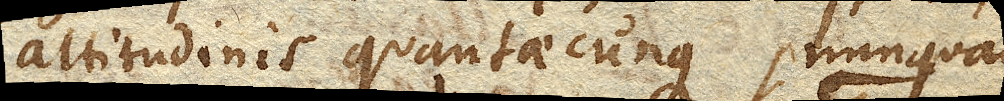
altitudinis quantaecunque nunquam